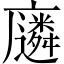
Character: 𫸈